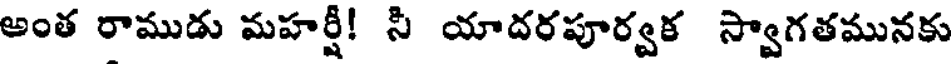
అంత రాముడు మహర్షీ! సి యాదరపూర్వక స్వాగతమునకు